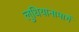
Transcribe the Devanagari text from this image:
लुधियानामार्गे